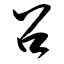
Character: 召